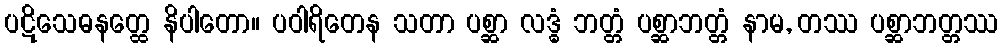
ပဋိသေဓနတ္ထေ နိပါတော။ ပဝါရိတေန သတာ ပစ္ဆာ လဒ္ဓံ ဘတ္တံ ပစ္ဆာဘတ္တံ နာမ, တဿ ပစ္ဆာဘတ္တဿ